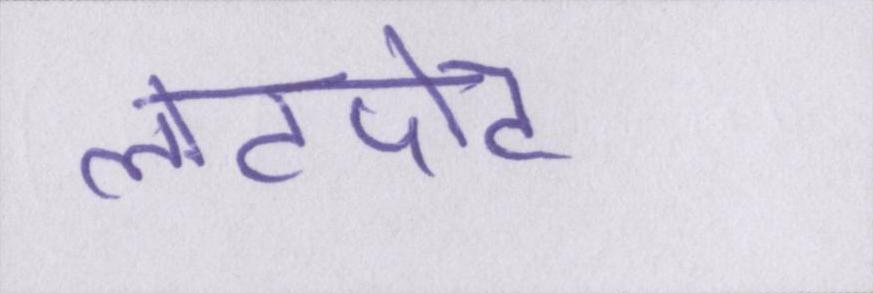
लोटपोट